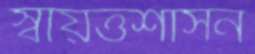
স্বায়ত্তশাসন